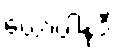
ယောပါနုဒီ